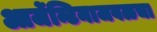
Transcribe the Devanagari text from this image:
आर्जेन्टिनाजवळचा